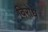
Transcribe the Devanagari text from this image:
विरोधे